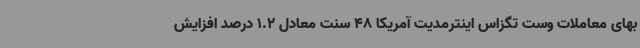
بهای معاملات وست تگزاس اینترمدیت آمریکا 48 سنت معادل 1.2 درصد افزایش